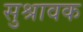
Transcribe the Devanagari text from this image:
सुश्रावक